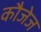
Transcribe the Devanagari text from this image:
कौजेज